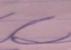
Signature authenticity: forged